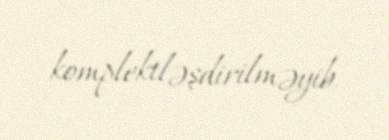
komplektləşdirilməyib.